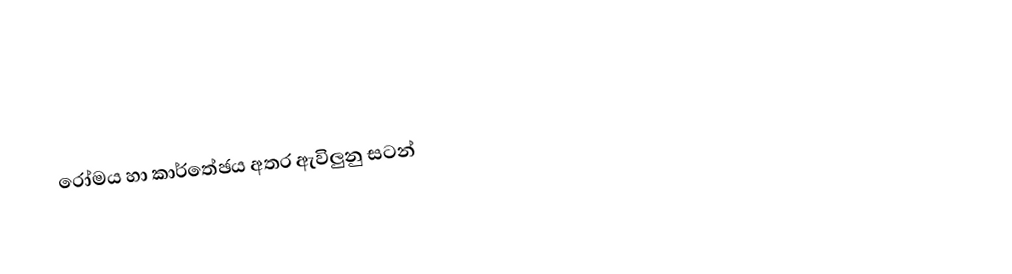
රෝමය හා කාර්තේඡය අතර ඇවිලුනු සටන්